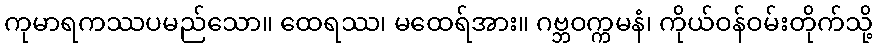
ကုမာရကဿပမည်သော။ ထေရဿ၊ မထေရ်အား။ ဂဗ္ဘဝက္ကမနံ၊ ကိုယ်ဝန်ဝမ်းတိုက်သို့